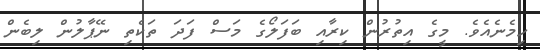
ހިމެނެއެވެ. މީގެ އިތުރުން ކިރާއި ބަފަލޯގެ މަސް ފަދަ ތަކެތި ނޭޕާލުން ލިބެން